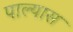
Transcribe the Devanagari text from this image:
पाल्यास